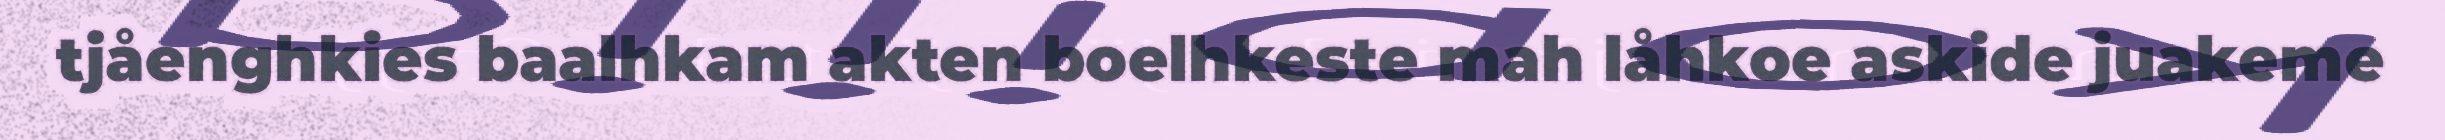
tjåenghkies baalhkam akten boelhkeste mah låhkoe askide juakeme